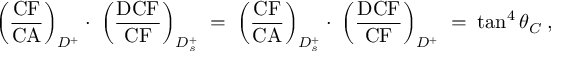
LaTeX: \left( \frac { \mathrm { C F } } { \mathrm { C A } } \right) _ { D ^ { + } } \cdot \; \left( \frac { \mathrm { D C F } } { \mathrm { C F } } \right) _ { D _ { s } ^ { + } } \; = \; \left( \frac { \mathrm { C F } } { \mathrm { C A } } \right) _ { D _ { s } ^ { + } } \cdot \; \left( \frac { \mathrm { D C F } } { \mathrm { C F } } \right) _ { D ^ { + } } \; = \; \tan ^ { 4 } \theta _ { C } \; ,